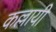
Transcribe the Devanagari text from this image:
कल्लायी